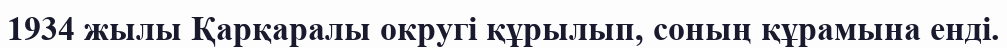
1934 жылы Қарқаралы округі құрылып, соның құрамына енді.